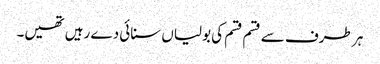
ہر طرف سے قسم قسم کی بولیاں سنائی دے رہیں تھیں۔